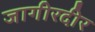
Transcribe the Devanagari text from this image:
जागीरदीर